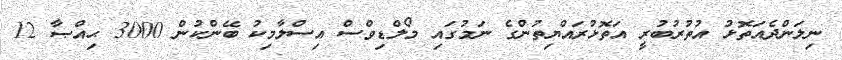
ނިލަންދެއަތޮޅު އުތުރުބުރީ އަތޮޅުރައްޔިތުންގެ ނަމުގައި މޯލްޑިވްސް އިސްލާމިކު ބޭންކުން 3000 ޙިއްޞާ 12